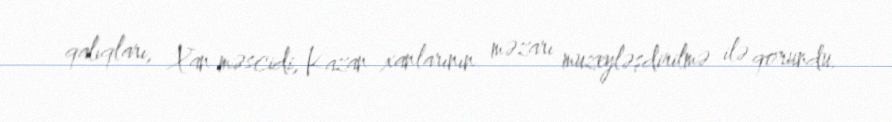
qalıqları, Xan məscidi, Kazan xanlarının məzarı muzeyləşdirilmə ilə qorundu.